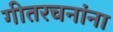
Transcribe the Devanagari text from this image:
गीतरचनांना